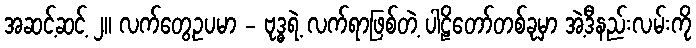
အဆင့်ဆင့် ၂။ လက်တွေ့ဥပမာ - ဗုဒ္ဓရဲ့ လက်ရာဖြစ်တဲ့ ပါဠိတော်တစ်ခုမှာ အဲ့ဒီနည်းလမ်းကို